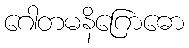
ဂေါတမနိဂြောဓော